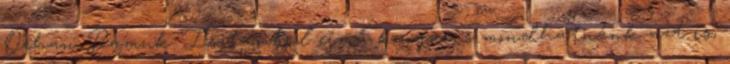
Orhan Pamuk Isztambul című könyve, s mondhatnánk azt is,